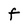
Character: F